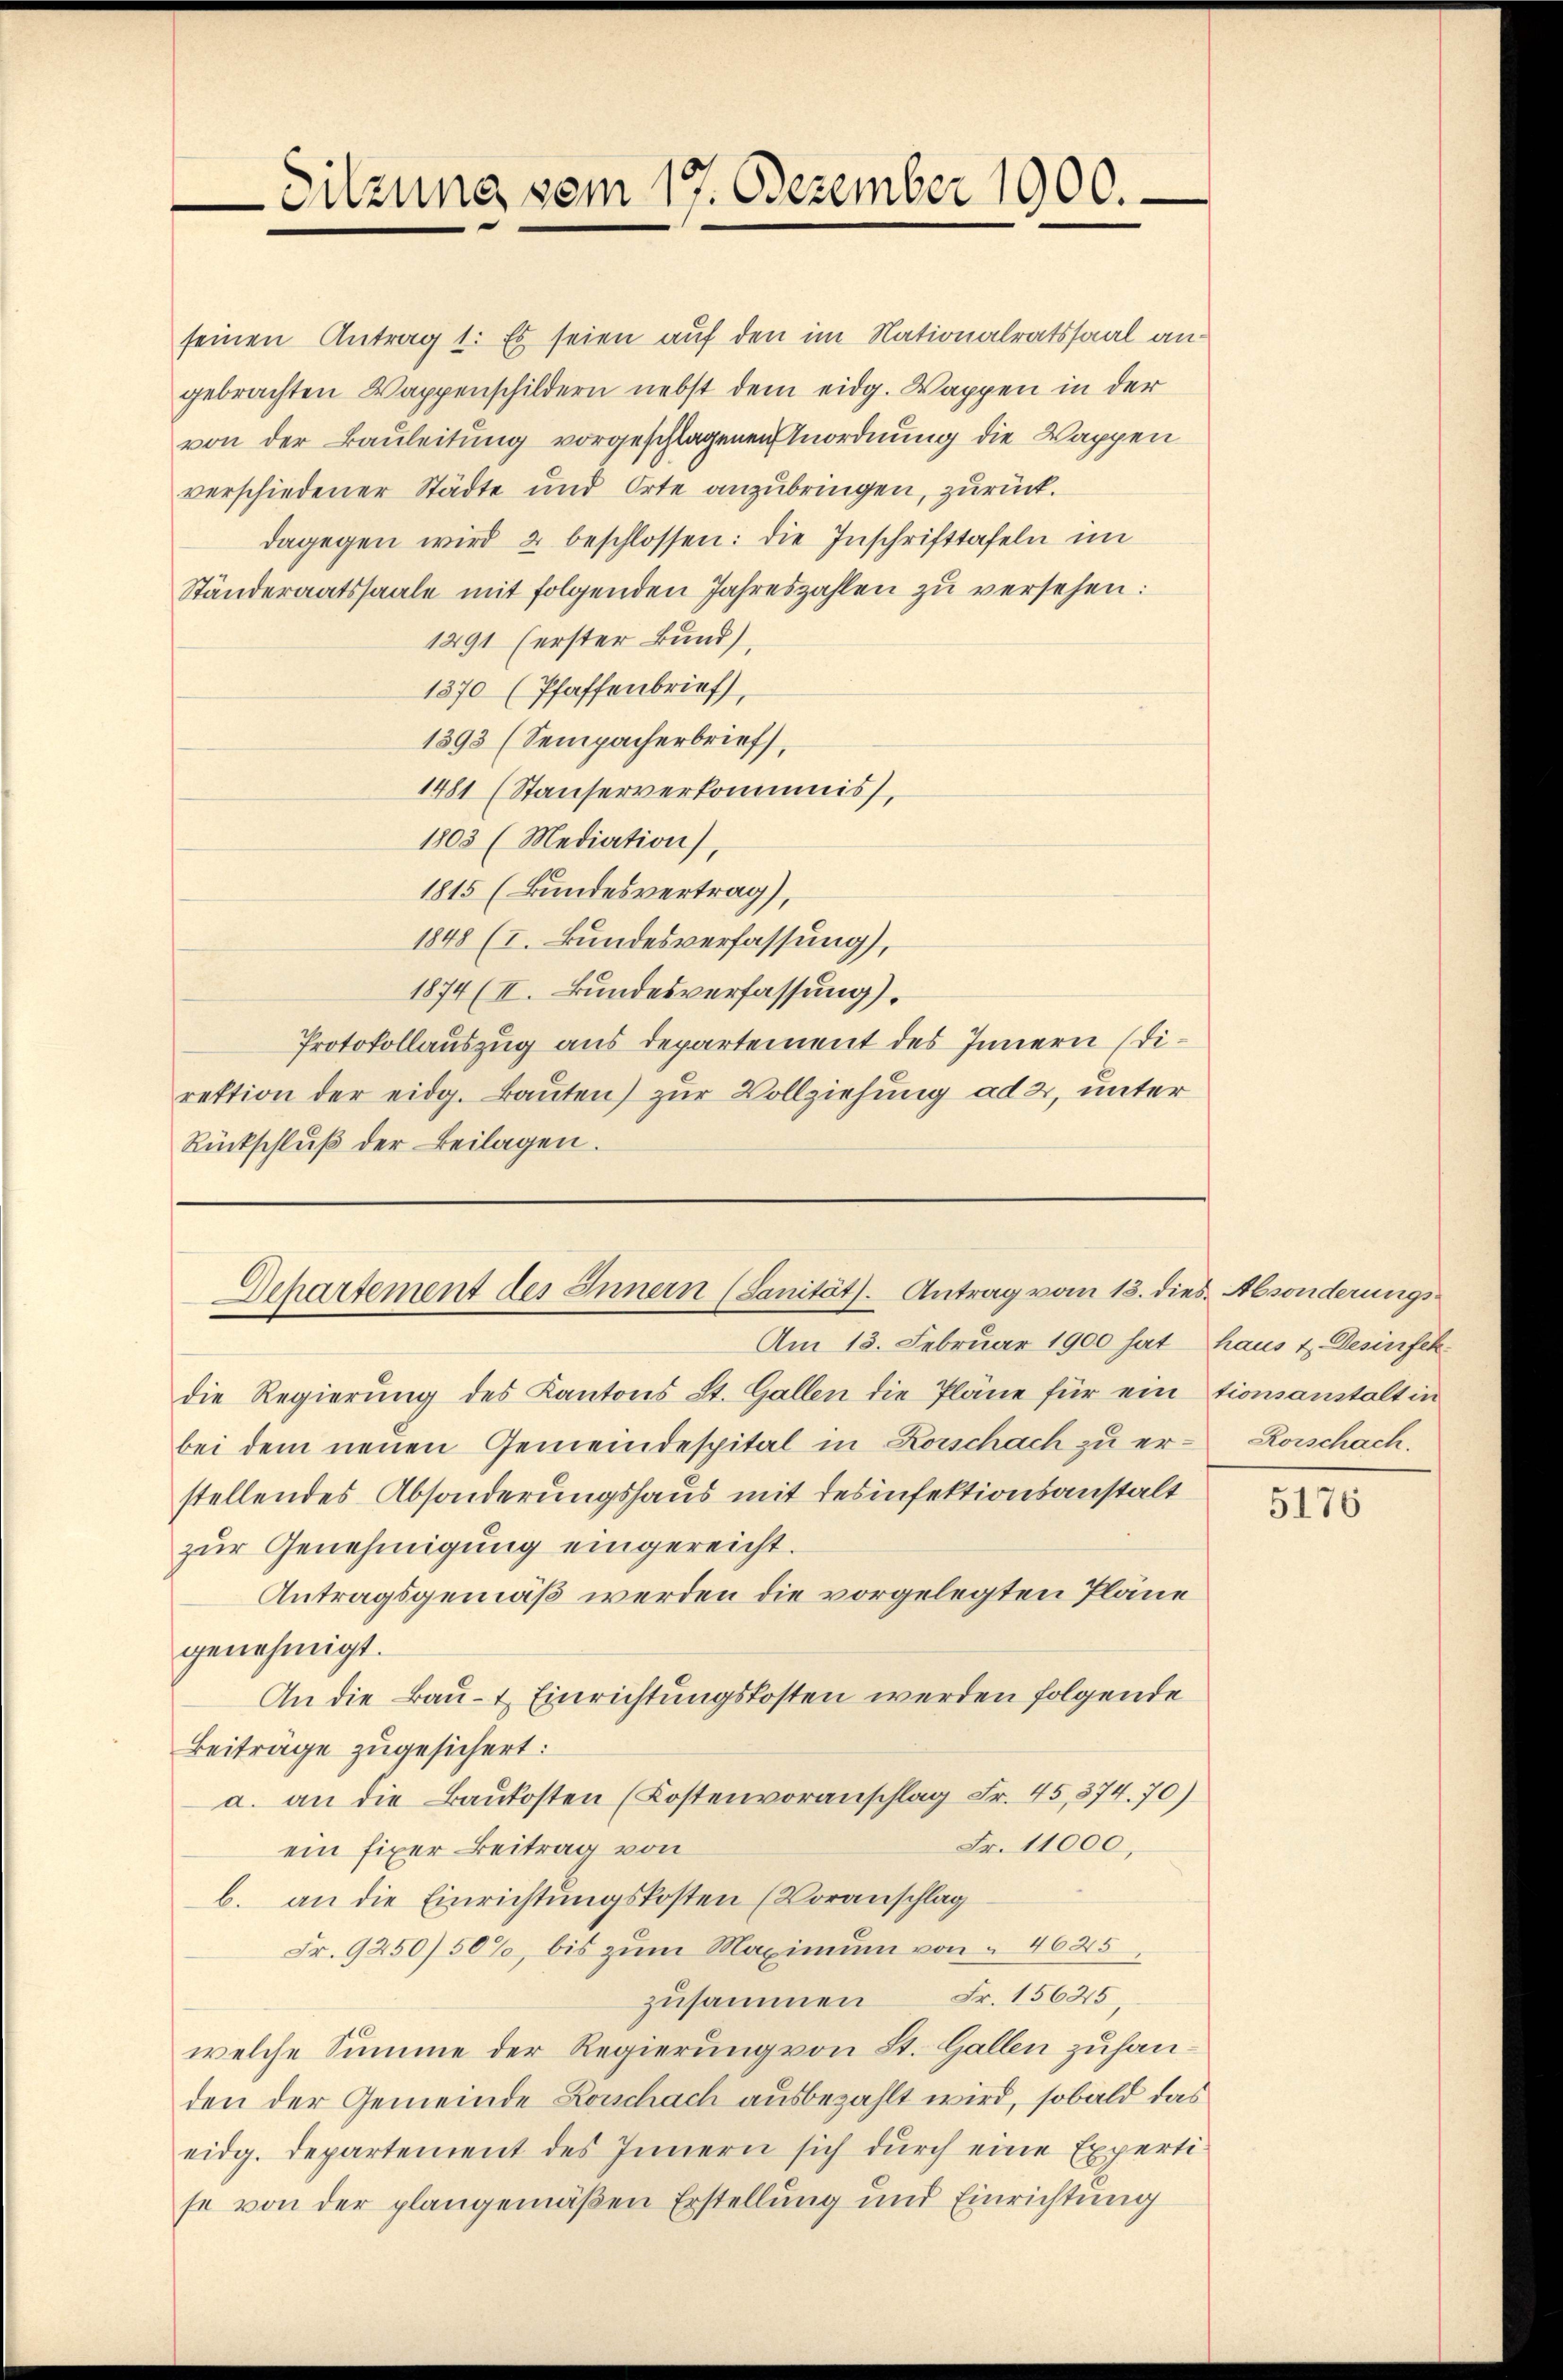
Sitzung vom 17. Dezember 1900.

Departement des Innern (Sanität. Antrag vom 13. dies Absonderungs¬

die Regierung des Kantons St. Gallen die Pläne für ein tionsanstalt in
bei dem neuen Gemeindespital in Korschach zu erstellendes Absonderungshaus mit desinfektionsanstalt
zur Genehmigung eingereicht.
Antragsgemäß werden die vorgelegten Pläne
genehmigt.
An die Bau- & Einrichtungskosten werden folgende
Beiträge zugesichert:
a. an die Baukosten (Kostenvoranschlag Fr. 45, 874. 70)
Fr. 11000,
ein fixer Beitrag von
b. an die Einrichtungskosten (Voranschlag
Fr. 9250/50%, bis zum Maximum von 4625
zusammen Fr. 15625
welche Summe der Regierung von St. Gallen zuhanden der Gemeinde Lochach ausbezahlt wird, sobald das
eidg. Departement des Innern sich durch eine Expertise von der plangemäßen Erstellung und Einrichtung

Am 13. Februar 1900 hat haus 4. Desinfek

seinen Antrag 1. Es seien auf den im Nationalratssaal angebrachten Wappenschildern nebst dem eidg. Wappen in der
von der Bauleitung vorgeschlagenen Anordnung die Wappen
verschiedener Städte und Orte anzubringen, zurück.
dagegen wird 2 beschlossen: die Inschrifttafeln im
Ständeraatssaale mit folgenden Jahreszahlen zu versehen:
1291 (erster Bund),
1370 (Pfaffenbrief,
1393 (Sempacherbrief,
1481 (Stauserverkommnis,
1803 (Mediation),
1815 (Bundesvertrag),
1848 (I. Bundesverfassung),
1874 (II. Bundesverfassung).
Protokollauszug aus Departement des Innern Direktion der eidg. Baŭten) zur Vollziehung ad 2, unter
Rückschlŭβ der Beilagen.

Rorschach.

5176